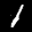
Label: 1